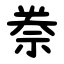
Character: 䄅